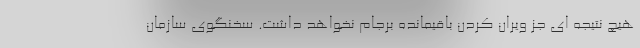
هیچ نتیجه ای جز ویران کردن باقیمانده برجام نخواهد داشت. سخنگوی سازمان